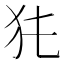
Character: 𤜨